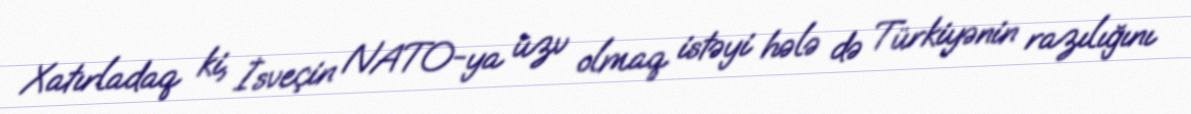
Xatırladaq ki, İsveçin NATO-ya üzv olmaq istəyi hələ də Türkiyənin razılığını